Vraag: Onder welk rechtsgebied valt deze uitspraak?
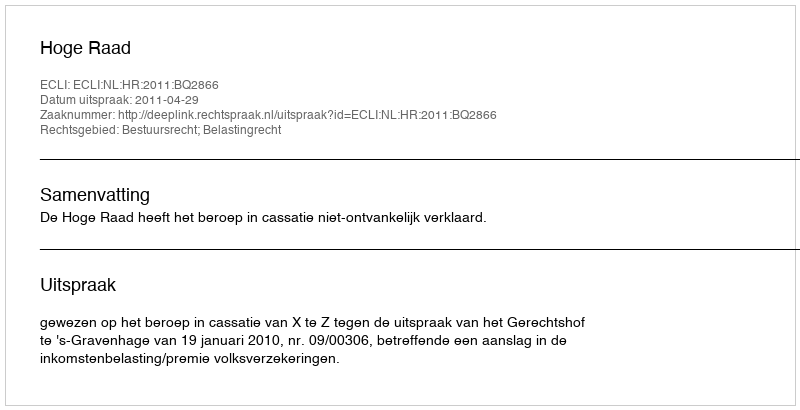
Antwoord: Bestuursrecht; Belastingrecht